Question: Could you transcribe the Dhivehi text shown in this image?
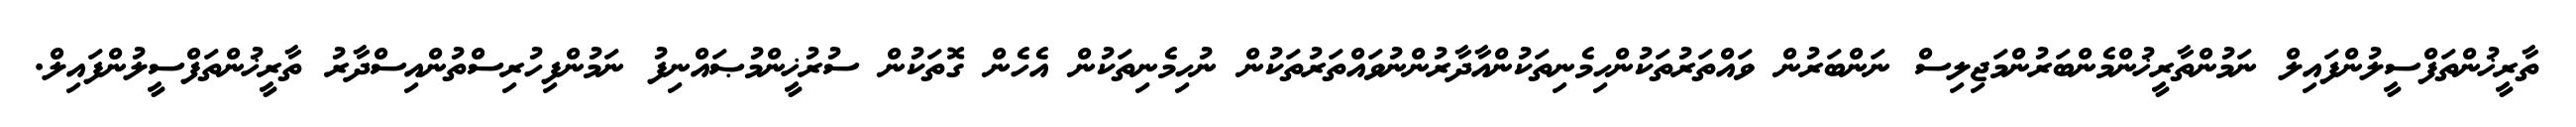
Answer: ތާރީޚުންތަފްސީލުންފައިލް ނަމުންތާރީޚުންމެންބަރުންމަޖިލިސް ނަންބަރުން ވައްތަރުތަކުންހިމެނިތަކުންއާދާރުންނުވައްތަރުތަކުން ނުހިމެނިތަކުން އެހެން ގޮތަކުން ސުރުޚީންމުޞައްނިފު ނަމުންފިހުރިސްތުންއިސްދާރު ތާރީޚުންތަފްސީލުންފައިލް.